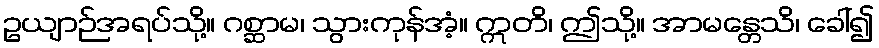
ဥယျာဉ်အရပ်သို့။ ဂစ္ဆာမ၊ သွားကုန်အံ့။ ဣတိ၊ ဤသို့။ အာမန္တေသိ၊ ခေါ်၍